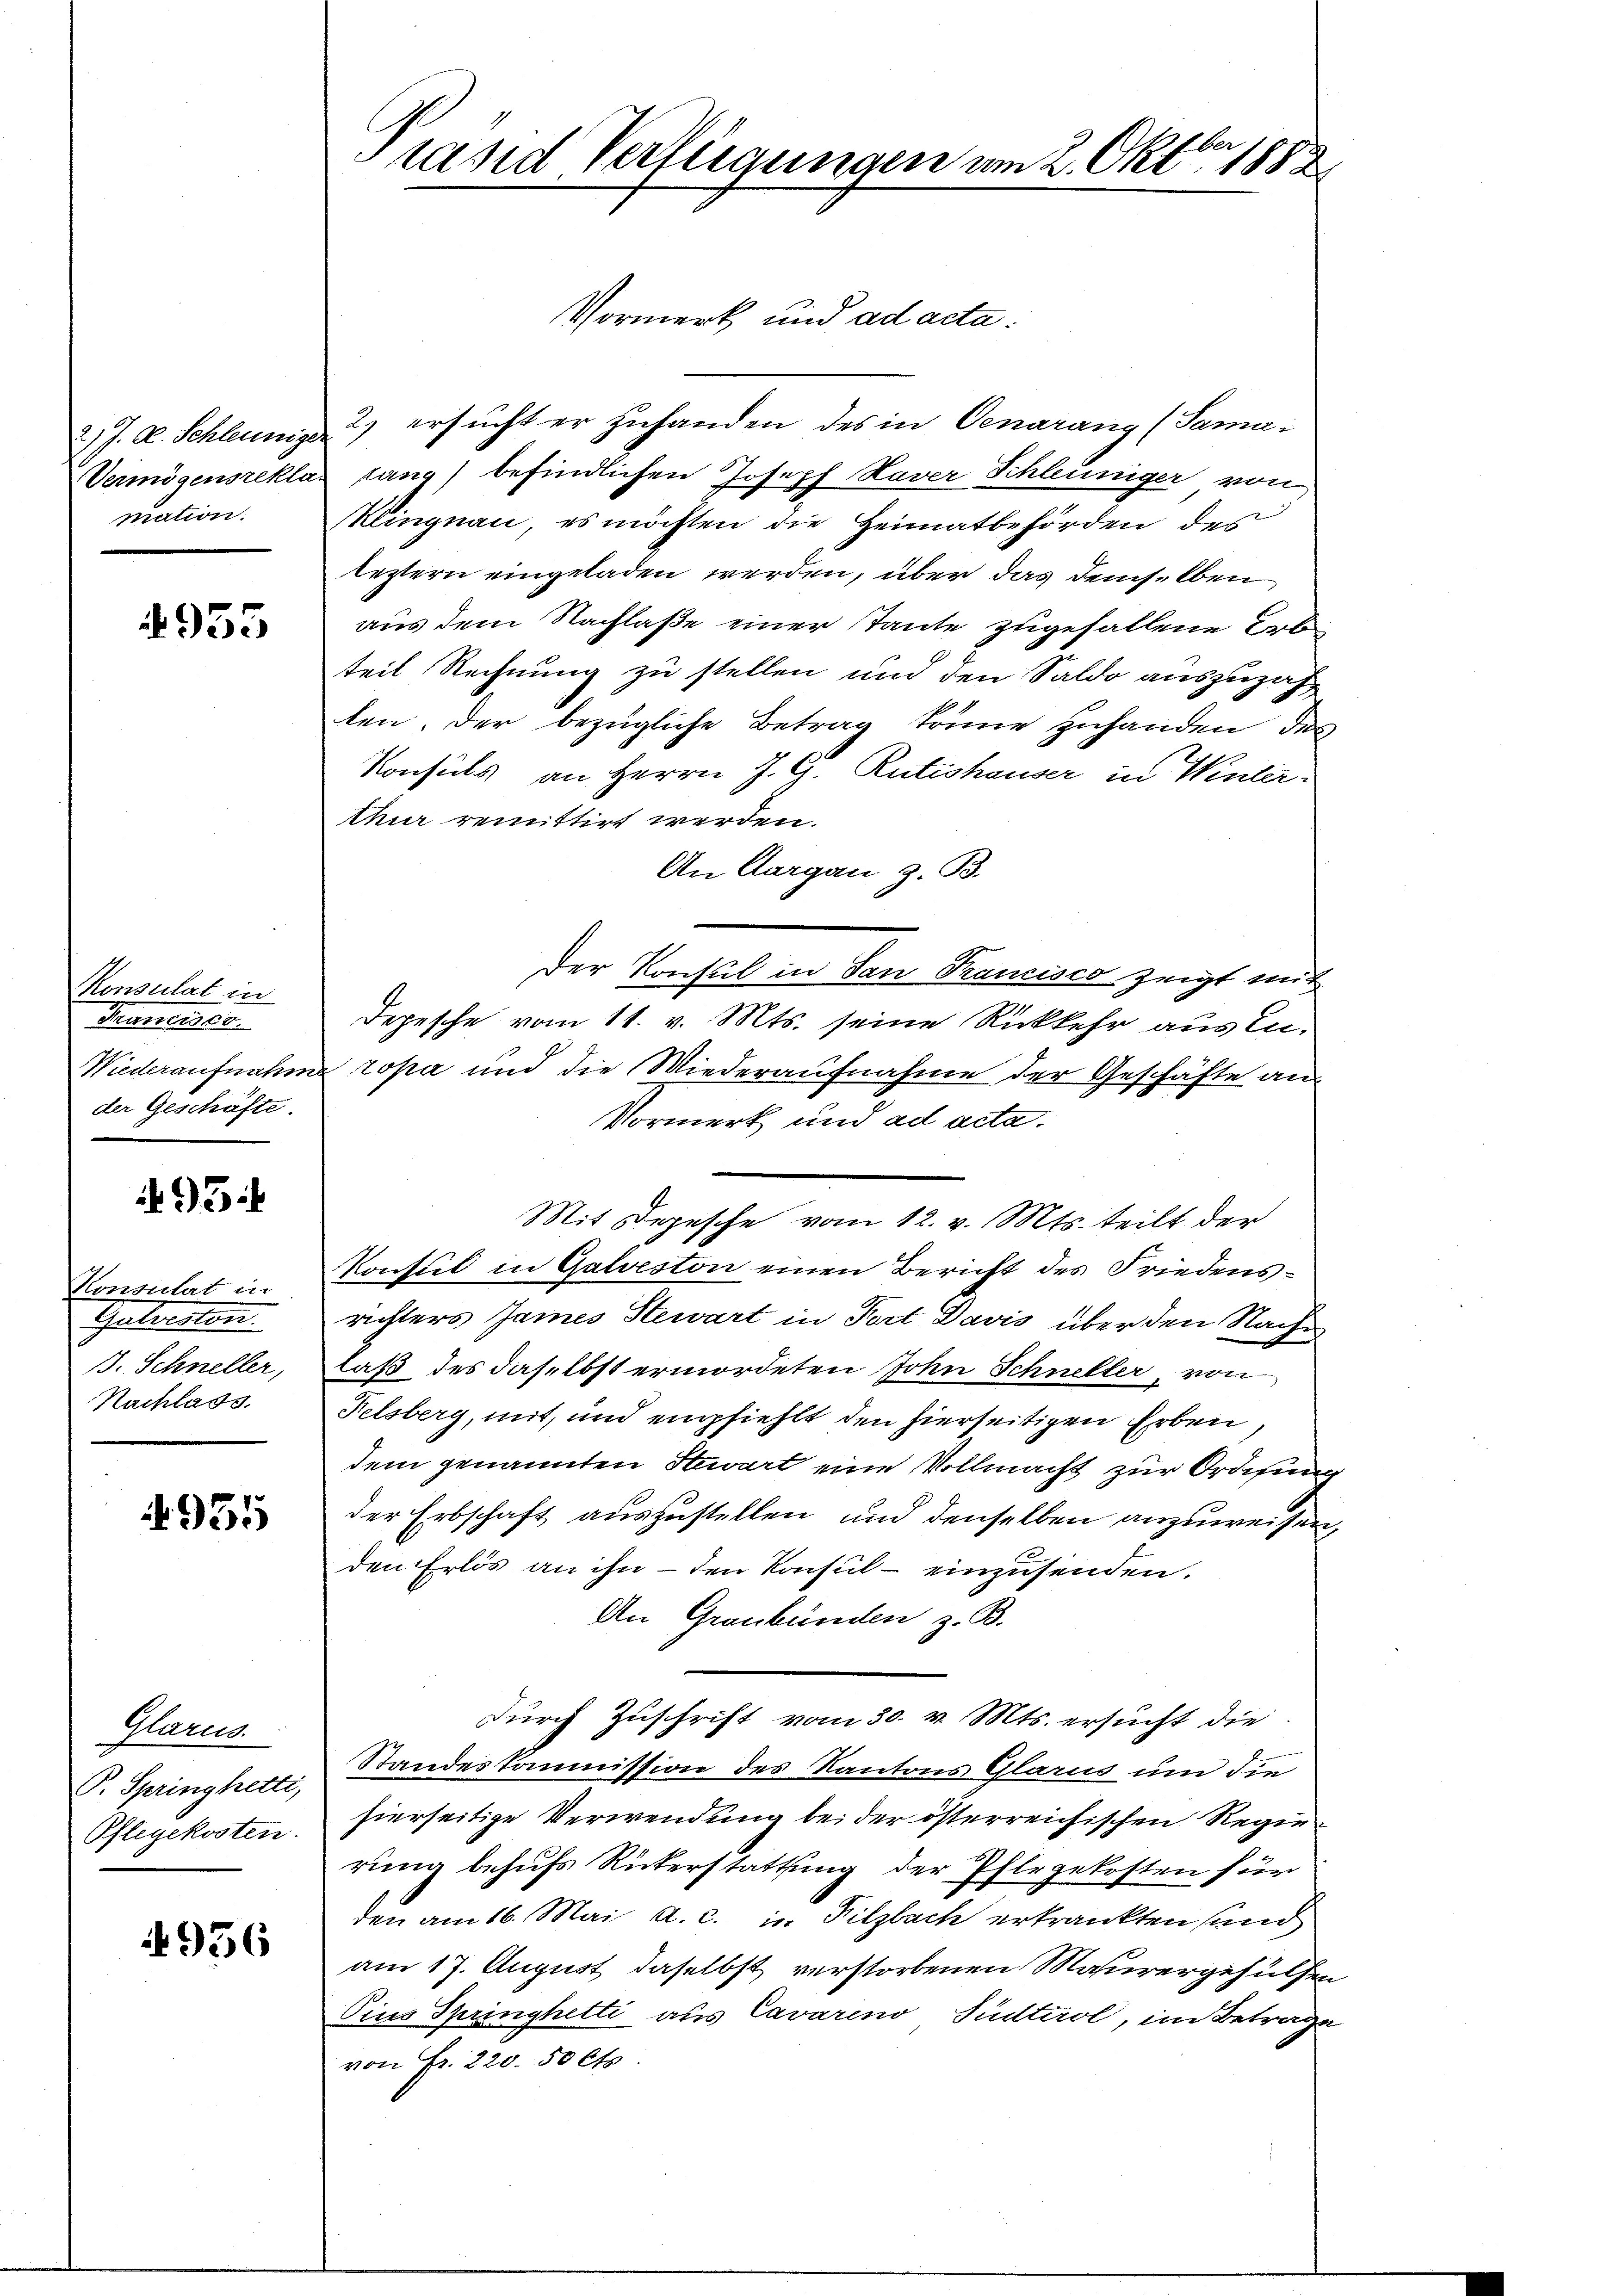
2) J. A. Schleunige
Vermögensrekla
mation.

4955

Konsulat in
Prunerze
Wiederaufnahm
der Geschäfte.

95:

Konsulat in
Gatersten.
B. Schneller,
Nachlass.

4935

Glarus.
P. Spring hetti,
Pflegekosten.

4956

Prand Verfügungen am 2. Oktbr 1882

Vormerk und ad acta:
2) ersucht er zuhanden des in Oenarang (Sama
tang) befindlichen Joseph Haver Schleuniger von
Mlingnau, es möchten die Heimatbehörden des
leztern eingeladen werden, über das demselben
aus dem Nachlaße einer Tante zugefallene Erb
teil Rechnung zu stellen und den Saldo auszuzahten. Der bezügliche Betrag könne zuhanden des
Konsuls an Herrn J. G. Rütishauser in Winterthur remittirt werden.
An Aargau z. B.
Der Konsul in San Trancisco zeigt mit
Depesche vom 11. v. Mts. seine Rückkehr aus Inropa und die Wiederaufnahme der Geschäfte an¬
Vormerk und ad acta.
Mit Depesche vom 12. v. Mts. teilt der
Konsul in Galveston einen Bericht des Friedensrichters James Stewart in Fort Davis über den Nache
laß des daselbst ermordeten John Schneller, von
Felsberg, mit, und empfiehlt den hierseitigen Erben,
dem genannten Stewart eine Vollmacht zur Ordisung
der Erbschaft auszustellen und denselben anzuweisen,
den Erlös an ihn - den Konsul - einzusenden.
An Graubünden z. B.
durch Zuschrift vom 30. v. Mts. ersucht die
Standeskommission des Kantons Glarus um die
hierseitige Verwendung bei der österreichischen Regierung behufs Rükerstattung der Pflegekosten für
den am 16. Mai a. c. in Filzbach erkrankten und
am 17. August daselbst verstorbenen Maurergehülfen
Pius Springhetti aus Cavarino, Südtirol, im Betrage
von Fr. 220. 50 Cts